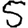
Digit: 5